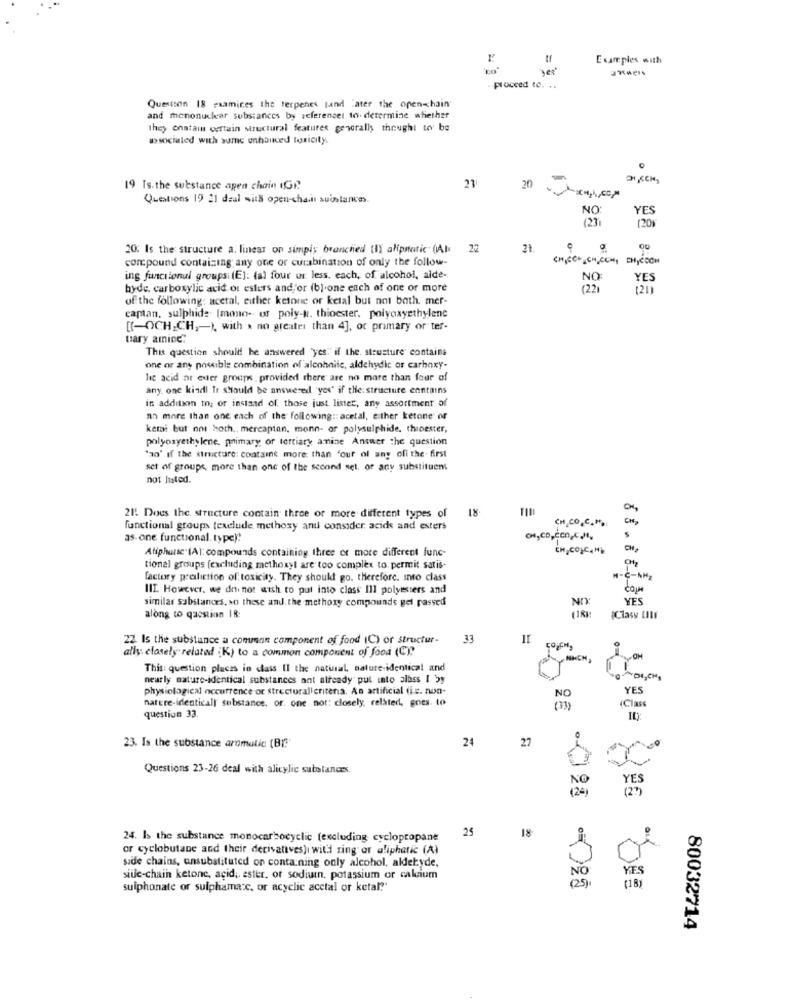
Examples with
proceed to. ..
Question 18 examines the terpenes land "ater the open chain
and mononuclear substances by seferensel to determine whether
they onatain certain Mructural features generally thought tev be
wsocialed with sume enhanced toxicity.
23
19 Is the substance agen chain (GP
20
Questions 19 21 deal with open-chair substances.
NO
YES
(20)
20: Is the structure a. linear on simply branched (I) alipstatic (Al. 22
concpound containing any one or curabination of only the follow-
CHURCH CHICCHI CHYROOM
ing functional groupsi (E): dal four or less. each, of alcohol, alde-
NO:
YES
byde. carboxylic acid ou esters and or (b).one ench of one or more
(22)
(21)
of the following: acetal, eitlier ketone or ketal but not bath mer-
captan, sulphide (mono- of poly-s. thioester. polyoxyethylene
[(-OCH CH ,- ), with a no greater than 4], of primary or ter-
tiary aminc:
This question should! he answered "yes:" if the. structure contains
one or any possible combination of alcohnile, aldehydic or carboxy-
lic acid ne exter groups provided there are no more than four of
any one kindl It should be answered "you' if the: structure enntains
in addition to, or instaad of those just lister, any assortment of
nn more than one each of the following :: acetal, either ketone of
kemi but not hoth ., mercaptan, monn- or polysulphide. thioester,
polyosyethylene. primary; or tertiary amine Answer the question
"ao' if the structure: contains more than "our of any ofi the- first
set of groups, more than one of the second set. or any substituent
not listed.
18
CH
21. Does the structure contain three or more different types of
CH CO.C.H.
functional groups texelude methoxy and consider acids and esters
as one functional. type)!
S
Aliphatic. (A): compounds containing three or more different func-
CH,COLC,H)
CH
CH
tional groups (excluding methoxyl are too complex to permit satis-
factory preliction of toxicity. They should go. therefore, into class
M-C-NHZ
III. However, we do not wish to put into class Ill polyesters and
COM
similar substances, so these and. the methoxy compounds gel rassed
NIX
YES
along to question IR:
[Class LIli
22 Is the substance a common component of food (C) or Structur-
33
ally. closely related : K) to a common component of food (C),
This question places in class Il the natural, nature-identical and
nearly nature-identical substances ant already put into alass I by
physiological occurrence or strecturalicritena. An artificial (i.c. non-
NO
YES
nature-identicall' substance, or. one not: closely related, goes. to
Class
question 33.
24
27
23. Is the substance aromatic (BI:"
Questions 23-26 deal with alicylic substances
YES
(2)
25
18
24. Is the substance monocarbocyclic (excluding cyclopropane
or cyclobutane and their derivatives)i will ring or aliphatic (A)
sade chains, ansubstituted on conta.ning only alcohol, aldehyde,
0
YES
siue-chain ketone, acid, ester, or sodiuin, potassium or calcium
NO
sulphonate or sulphamac, or acyclic acctal or ketal?"
(18)
80032714